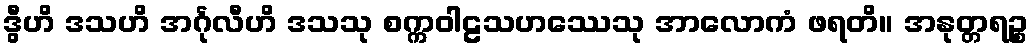
ဒွီဟိ ဒသဟိ အင်္ဂုလီဟိ ဒသသု စက္ကဝါဠသဟဿေသု အာလောကံ ဖရတိ။ အနုတ္တရဉ္စ